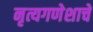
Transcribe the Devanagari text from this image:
नृत्यगणेशाचे